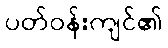
ပတ်ဝန်းကျင်၏